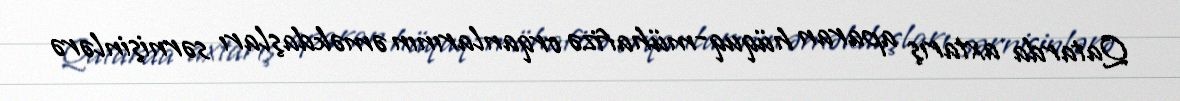
Qatarda axtarış aparan hüquq-mühafizə orqanlarının əməkdaşları sərnişinlərə